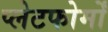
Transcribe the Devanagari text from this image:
प्लेटफोर्मों